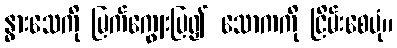
နွားသေကို မြက်ကျွေးပြ၍ သောကကို ငြိမ်းစေပုံ။